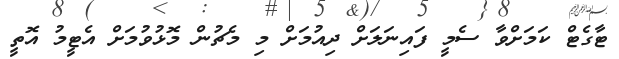
ޓާގެޓް ކަމަށްވާ ސެމީ ފައިނަލަށް ދިއުމަށް މި މެޗުން މޮޅުވުމަށް އެޓީމު އޮތީ